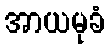
အာယမုခံ